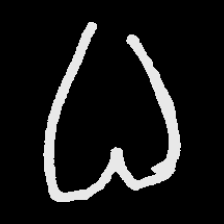
Pyu character \u2014 Myanmar letter: ဓ (romanized: dha)